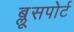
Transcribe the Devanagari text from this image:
ब्लूसपोर्ट